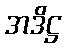
အဒိဋ္ဌ